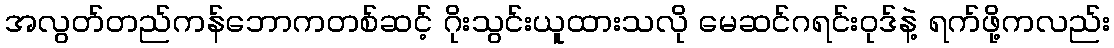
အလွတ်တည်ကန်ဘောကတစ်ဆင့် ဂိုးသွင်းယူထားသလို မေဆင်ဂရင်းဝုဒ်နဲ့ ရက်ဖို့ကလည်း